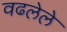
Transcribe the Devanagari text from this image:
वढलेले